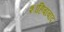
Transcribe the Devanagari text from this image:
शाहिबाबाद